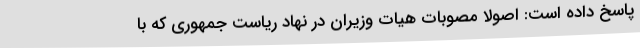
پاسخ داده است: اصولا مصوبات هیات وزیران در نهاد ریاست جمهوری که با